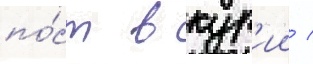
по́ст в кур'ии /